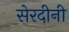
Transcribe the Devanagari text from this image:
सेरदीनी